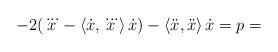
LaTeX: \begin{align*}-2(\dddot{x}-\left\langle \dot{x},\dddot{x}\right\rangle \dot{x} )-\left\langle \ddot{x},\ddot{x}\right\rangle \dot{x}=p=\end{align*}